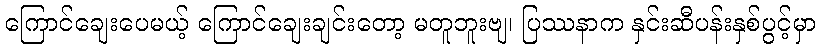
ကြောင်ချေးပေမယ့် ကြောင်ချေးချင်းတော့ မတူဘူးဗျ၊ ပြဿနာက နှင်းဆီပန်းနှစ်ပွင့်မှာ